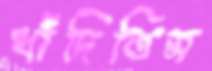
ধাঁদিতিস